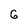
Character: 6